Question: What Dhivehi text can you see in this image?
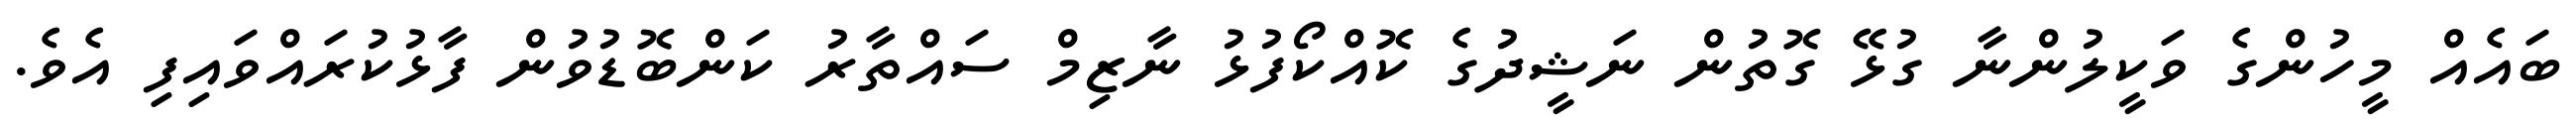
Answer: ބައެއް މީހުންގެ ވަކީލުންނާ ގުޅޭ ގޮތުން ނަޝީދުގެ ކޮއްކޯފުޅު ނާޒިމް ސައްތާރު ކަންބޮޑުވުން ފާޅުކުރައްވައިފި އެވެ.